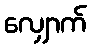
လျှောက်